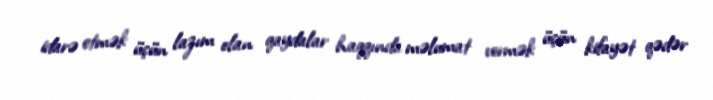
idarə etmək üçün lazım olan qaydalar haqqında məlumat vermək üçün kifayət qədər